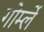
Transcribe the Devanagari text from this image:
गोर्म्ले